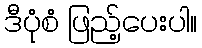
ဒီပုံစံ ဖြည့်ပေးပါ။